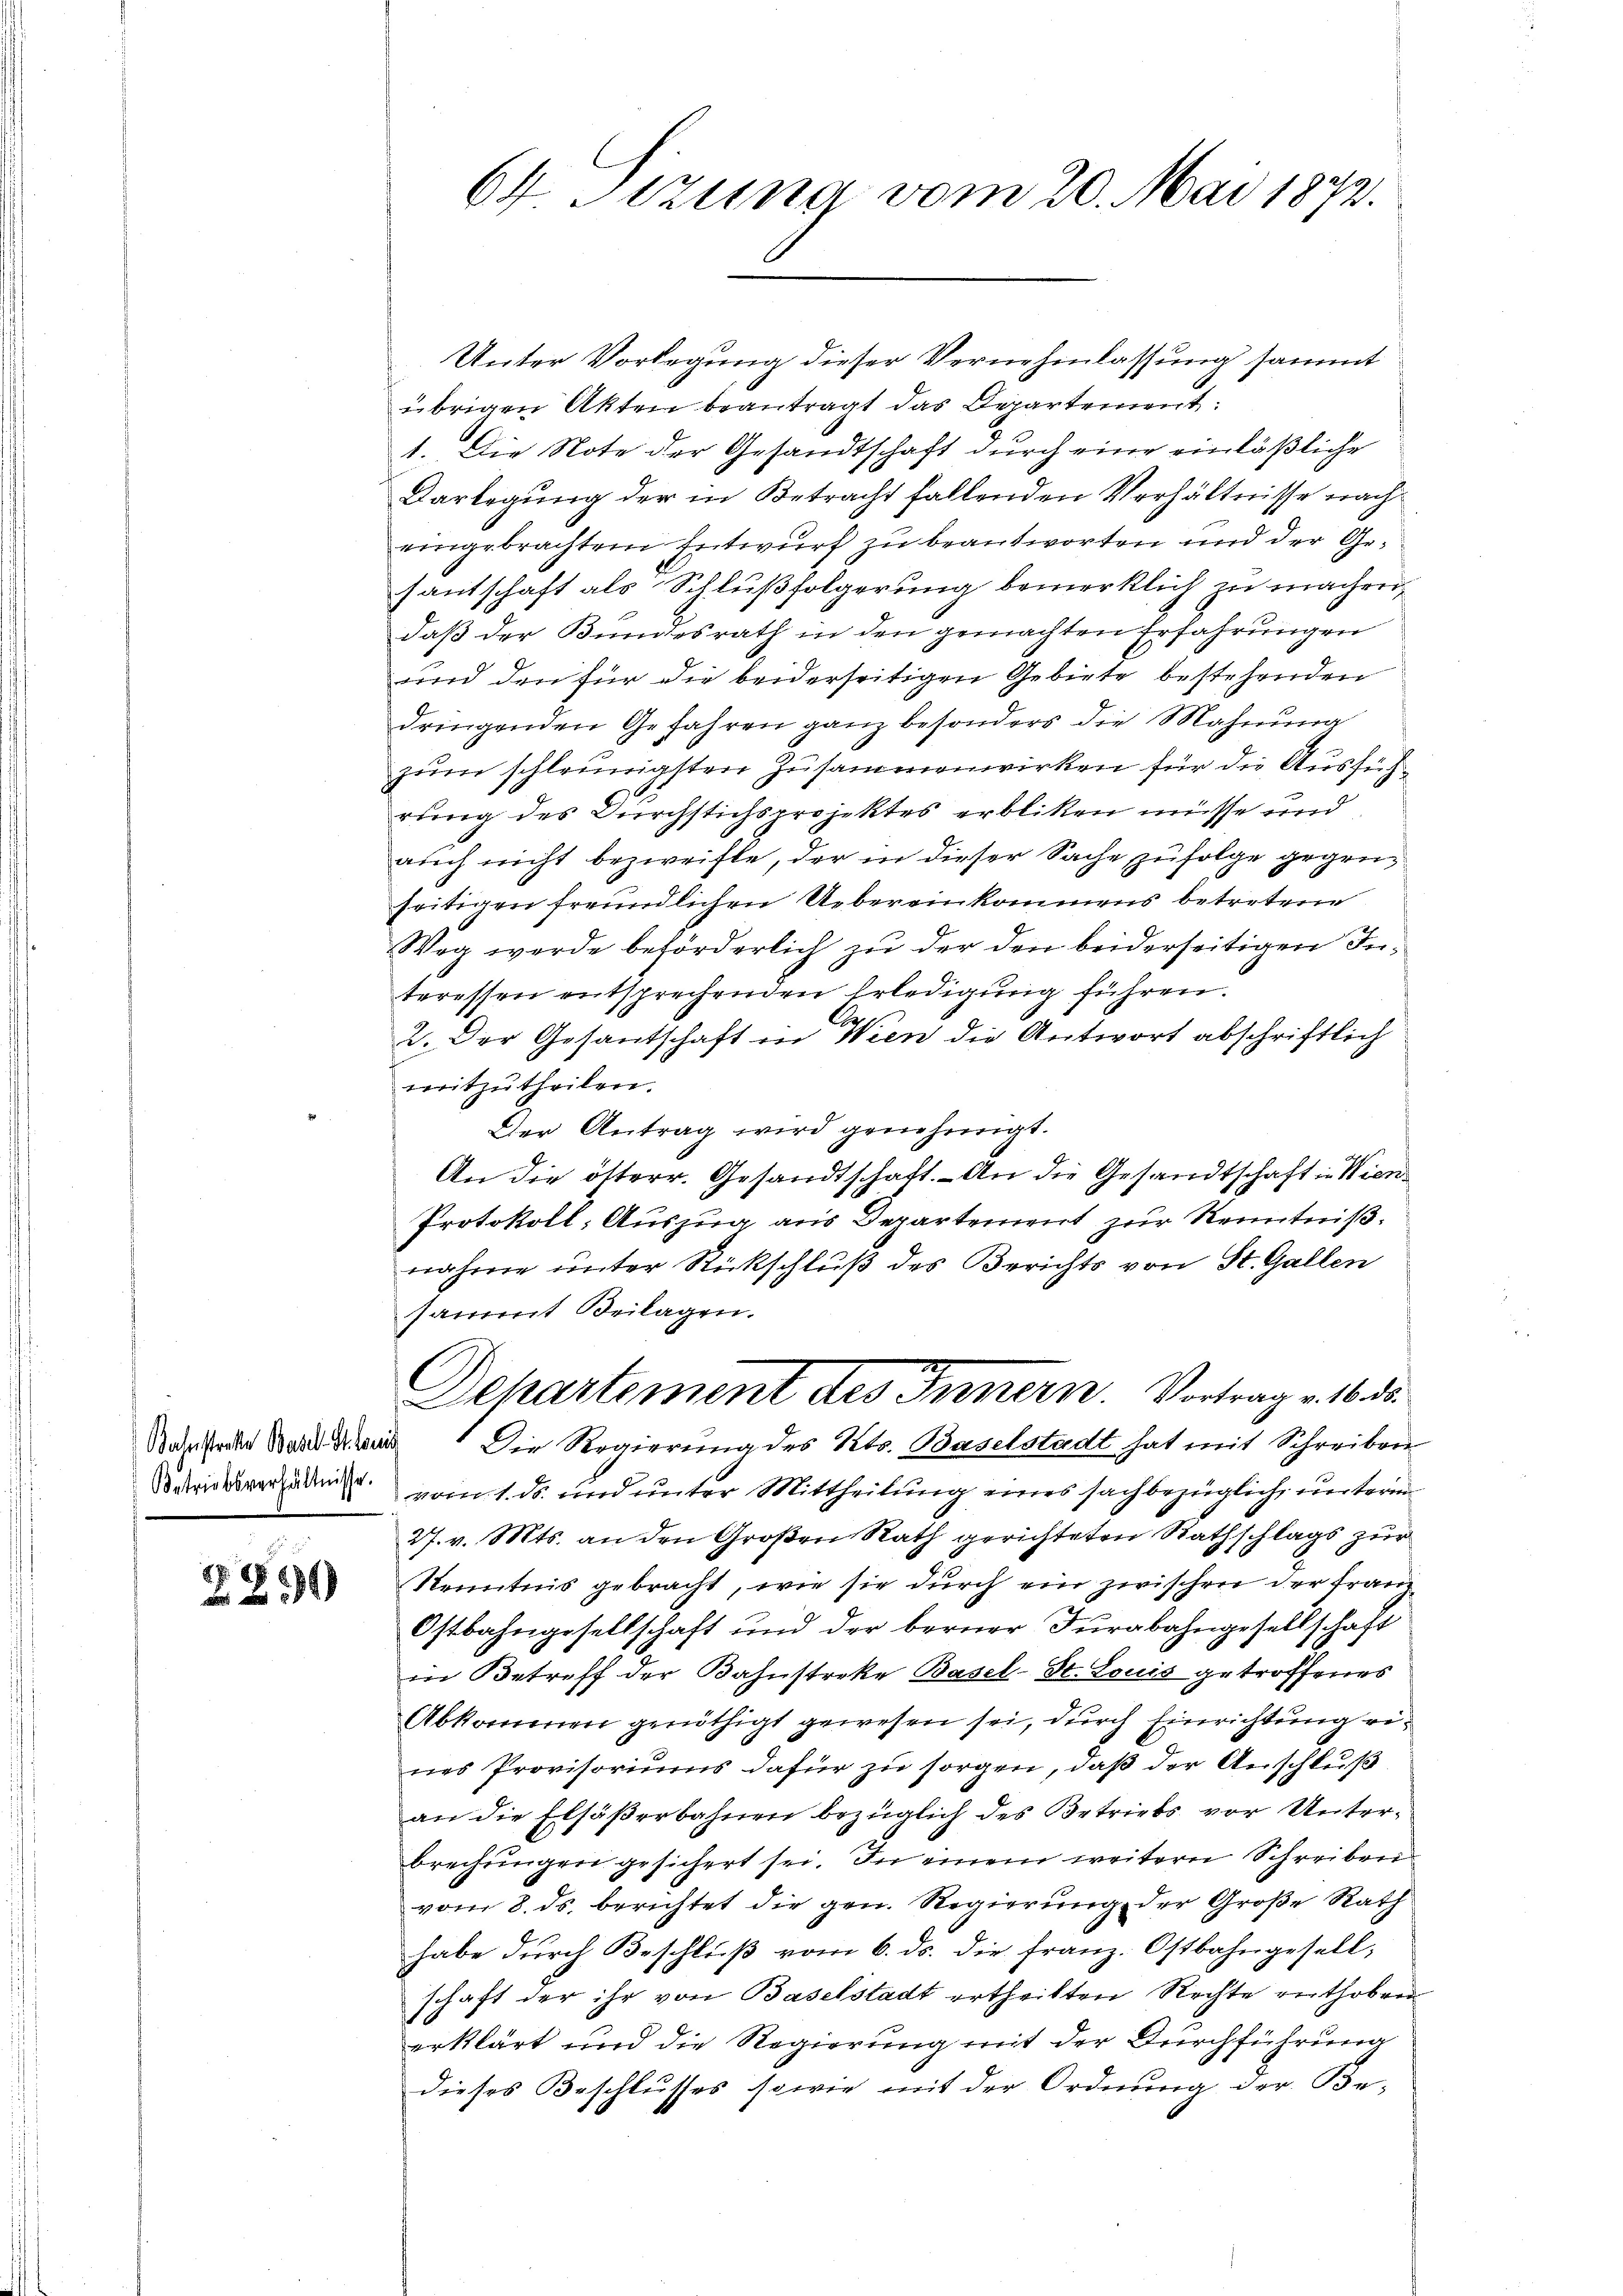
Bahnstrakte Basel. Stonis

8 x

64 Sizung vom 20. Mai 1872.

Unter Vorlegung dieser Vernehmlassung sammt
übrigen Akten beantragt das Departement:
1. Die Note der Gesandtschaft durch eine einläßliche
Darlegung der in Betracht fallenden Verhältnisse nacheingebrachtem Entwurf zu beantworten und der Gesautschaft als Schlußfolgerung bemerklich zu machen,
daß der Kundesrath in den gemachten Erfahrungen
und den für die beiderseitigen Gebiete bestehenden
dringenden Gefahren ganz besonders die Mahnung
zum schleunigsten Zusammenwirken für die Ausführung des Durchstichsprojektes erbliken müsse und
auch nicht bezweifte, der in dieser Sache zufolge gegenseitigen freundlichen Uebereinkommens betretene
Weg werde beförderlich zu der den beiderseitigen Interessen entsprechenden Erledigung führen.
2. Der Gesantschaft in Wien die Antwort abschriftlich
mitzutheilen.
Der Antrag wird genehmigt.
An die österr. Gesandtschaft. - An die Gesandtschaft in Wien
Protokoll, Auszug aus Departement zur Kenntniß.
nahme unter Rückschluß des Berichts von St. Gallen
sammt Beilagen.
Departement des Innern. Vortrag v. 16. ds.
Die Regierung des Kts. Baselstadt hat mit Schreiben
Sostrictsverzen vom 1. ds. und unter Mittheilung eines sachbezüglich unterm
27. v. Mts. an den Großen Rath gerichteten Rathschlags zur
Kenntnis gebracht, wie sie durch ein zwischen der Franz
Ostbahngesellschaft und der berner Furgbahngesellschaft
in Betreff der Bahnstreke Basel-St. Louis getroffenes
Abkommen genöthigt gewesen sei, durch Einrichtung eines Provisoriums dafür zu sorgen, daß der Anschluß
an die Elsäßerbahnen bezüglich des Betriebs vor Unterbrechungen gesichert sei. In einem weitern Schreiben
vom 8. ds. berichtet die gen. Regierung der Große Rath
habe durch Beschluß vom 6. ds. die Franz. Ostbahngesell,
schaft der ihr von Baselstadt ertheilten Rechte enthoben
6
erklärt und die Regierung mit der Durchführung
dieses Beschlusses sowie mit der Ordnung der Be-